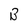
Character: B